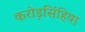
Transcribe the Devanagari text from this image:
करोड़सिंहिया